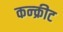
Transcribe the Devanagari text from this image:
कन्क्रीट